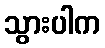
သွားပါက